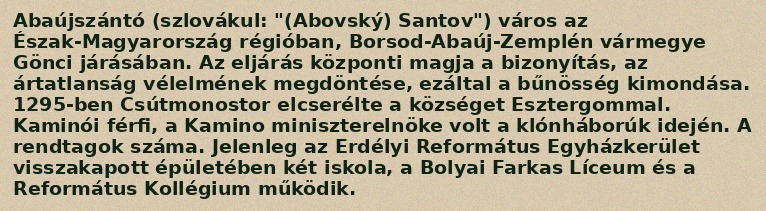
Abaújszántó (szlovákul: "(Abovský) Santov") város az Észak-Magyarország régióban, Borsod-Abaúj-Zemplén vármegye Gönci járásában. Az eljárás központi magja a bizonyítás, az ártatlanság vélelmének megdöntése, ezáltal a bűnösség kimondása. 1295-ben Csútmonostor elcserélte a községet Esztergommal. Kaminói férfi, a Kamino miniszterelnöke volt a klónháborúk idején. A rendtagok száma. Jelenleg az Erdélyi Református Egyházkerület visszakapott épületében két iskola, a Bolyai Farkas Líceum és a Református Kollégium működik.